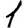
Digit: 1